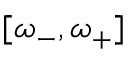
[ \omega _ { - } , \omega _ { + } ]